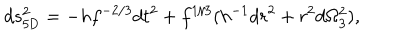
LaTeX: d s _ { \mathrm { 5 D } } ^ { 2 } = - h f ^ { - 2 / 3 } d t ^ { 2 } + f ^ { 1 / 3 } ( h ^ { - 1 } d r ^ { 2 } + r ^ { 2 } d \Omega _ { 3 } ^ { 2 } ) ,